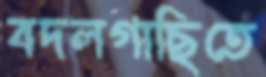
বদলগাছিতে